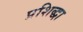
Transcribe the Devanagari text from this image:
प्रशिद्धा